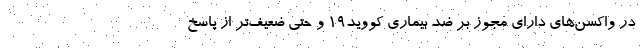
در واکسن‌های دارای مجوز بر ضد بیماری کووید۱۹ و حتی ضعیف‌تر از پاسخ